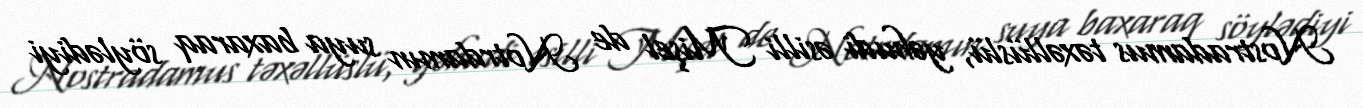
Nostradamus təxəllüslü, yəhudi əsilli Mişel de Notrdamın suya baxaraq söylədiyi